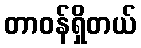
တာဝန်ရှိတယ်